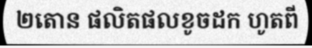
២តោន ផលិតផលខូចដក ហូតពី